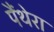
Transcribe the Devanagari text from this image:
पैंथेरा